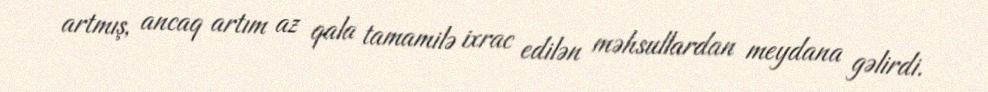
artmış, ancaq artım az qala tamamilə ixrac edilən məhsullardan meydana gəlirdi.